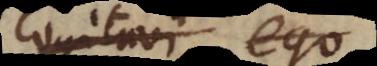
cogitavi ego